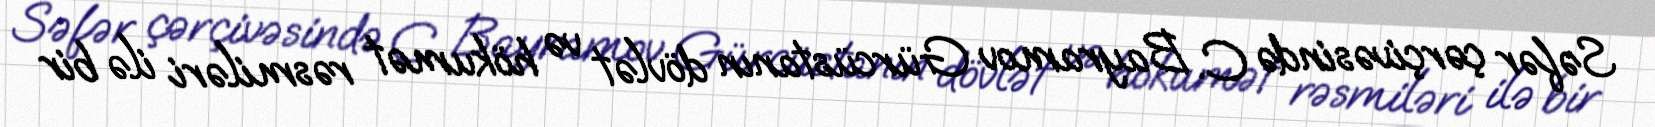
Səfər çərçivəsində C. Bayramov Gürcüstanın dövlət və hökumət rəsmiləri ilə bir